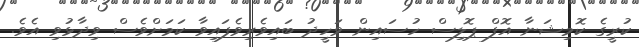
ކުރީގެ ކޮމިޝަނާ އޮފް ޕޮލިސް ހުސައިން ވަހީދު ބައިވެރިވެފައިވާ ކަމަށްވެސް ވިދާޅުވި އެވެ.